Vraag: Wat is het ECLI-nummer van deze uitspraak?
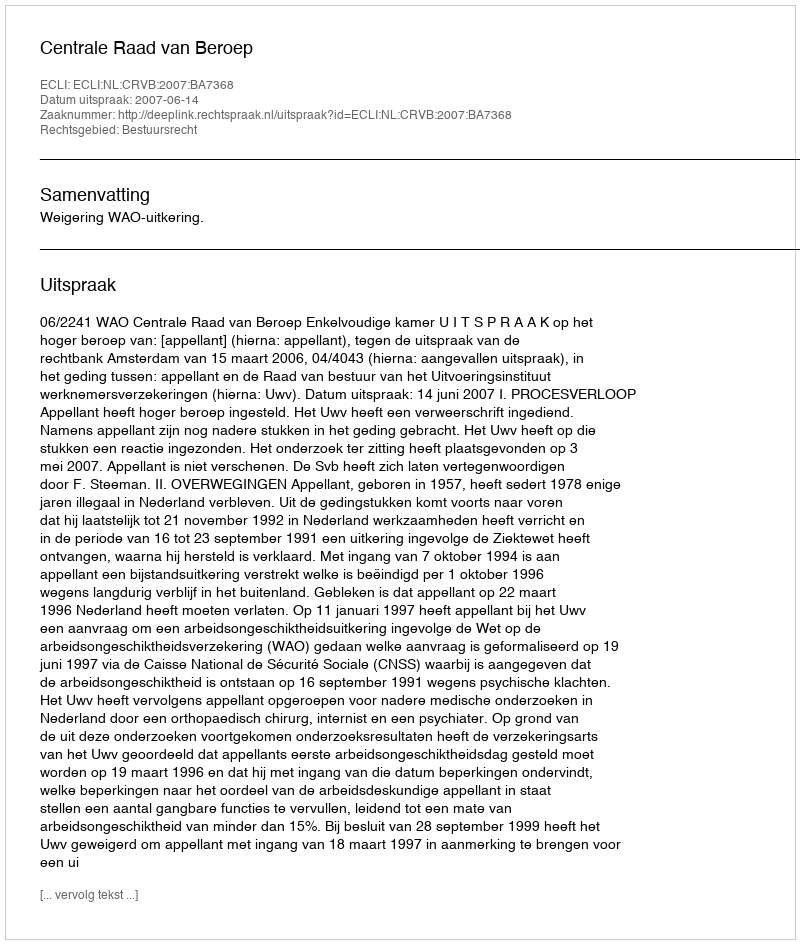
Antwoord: ECLI:NL:CRVB:2007:BA7368